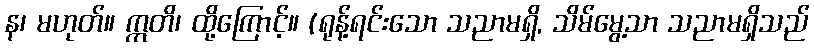
န၊ မဟုတ်။ ဣတိ၊ ထို့ကြောင့်။ (ရုန့်ရင်းသော သညာမရှိ, သိမ်မွေ့သာ သညာမရှိသည်